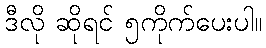
ဒီလို ဆိုရင် ၅ကိုက်ပေးပါ။